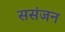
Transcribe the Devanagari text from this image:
ससंजन